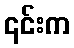
၎င်းက